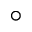
\circ